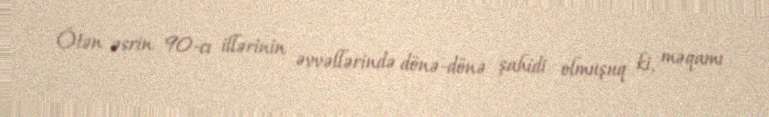
Ötən əsrin 90-cı illərinin əvvəllərində dönə-dönə şahidi olmuşuq ki, məqamı